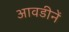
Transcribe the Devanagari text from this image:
आवडीनें